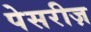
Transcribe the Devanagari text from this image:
पेसरीज़